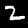
Digit: 2